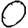
Digit: 0